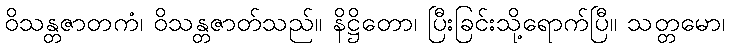
ဝိသန္တဇာတကံ၊ ဝိသန္တဇာတ်သည်။ နိဋ္ဌိတော၊ ပြီးခြင်းသို့ရောက်ပြီ။ သတ္တမော၊